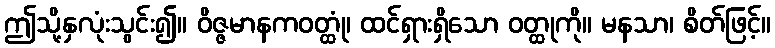
ဤသို့နှလုံးသွင်း၍။ ဝိဇ္ဇမာနကဝတ္ထုံ၊ ထင်ရှားရှိသော ဝတ္ထုကို။ မနသာ၊ စိတ်ဖြင့်။